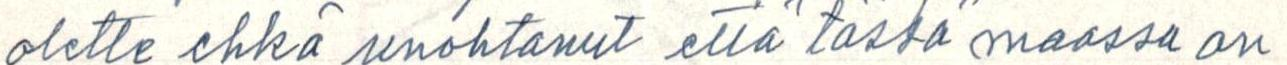
olette ehkä unohtanut että tässä maassa on